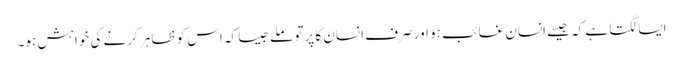
ایسا لگتاہے کہ جیسے انسان غائب ہو اور صرف انسان کا پرتو ملےجیسا کہ اس کو ظاہر کرنے کی خواہش ہو۔